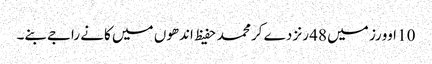
10 اوورز میں 48 رنز دے کر محمد حفیظ اندھوں میں کانے راجےبنے۔